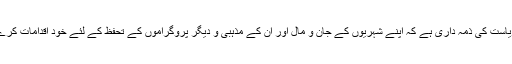
ریاست کی ذمہ داری ہے کہ اپنے شہریوں کے جان و مال اور ان کے مذہبی و دیگر پروگراموں کے تحفظ کے لئے خود اقدامات کرے۔